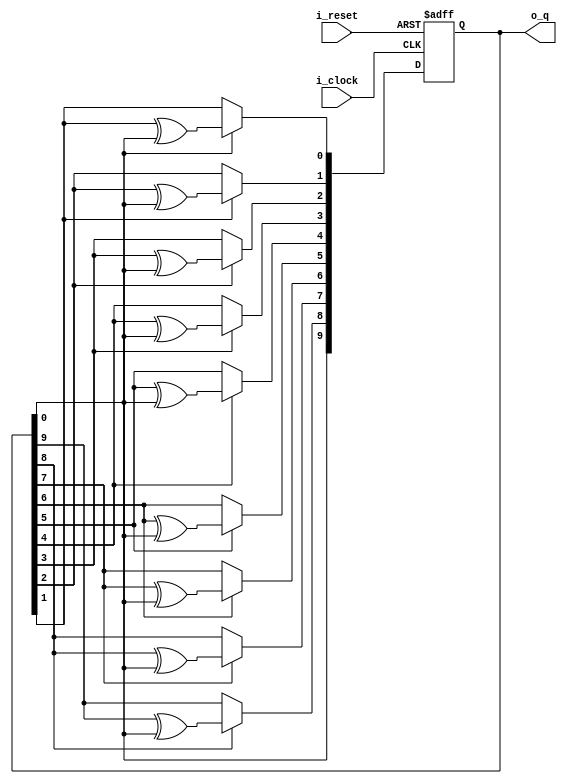
`ifndef _LFSR_V_
  `define _LFSR_V_

`define INIT_STATE 9'b0_0000_0001

`timescale 1ns / 1ps

module lfsr(input i_clock,
            input i_reset,
            output reg [9:0] o_q);

  reg [9:0] state;

  always @(posedge i_clock, posedge i_reset)
    if (i_reset)
      o_q <= `INIT_STATE;
    else
      begin
        o_q[9] <= o_q[0];
        o_q[8] <= o_q[8] ? (o_q[9] ^ o_q[0]) : o_q[9];
        o_q[7] <= o_q[7] ? (o_q[8] ^ o_q[0]) : o_q[8];
        o_q[6] <= o_q[6] ? (o_q[7] ^ o_q[0]) : o_q[7];
        o_q[5] <= o_q[5] ? (o_q[6] ^ o_q[0]) : o_q[6];
        o_q[4] <= o_q[4] ? (o_q[5] ^ o_q[0]) : o_q[5];
        o_q[3] <= o_q[3] ? (o_q[4] ^ o_q[0]) : o_q[4];
        o_q[2] <= o_q[2] ? (o_q[3] ^ o_q[0]) : o_q[3];
        o_q[1] <= o_q[1] ? (o_q[2] ^ o_q[0]) : o_q[2];
        o_q[0] <= o_q[0] ? (o_q[1] ^ o_q[0]) : o_q[1];
      end
endmodule

`endif // _LFSR_V_